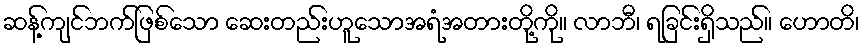
ဆန့်ကျင်ဘက်ဖြစ်သော ဆေးတည်းဟူသောအရံအတားတို့ကို။ လာဘီ၊ ရခြင်းရှိသည်။ ဟောတိ၊